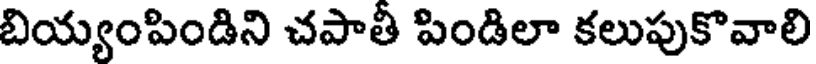
బియ్యంపిండిని చపాతీ పిండిలా కలుపుకొవాలి